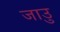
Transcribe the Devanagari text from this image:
जाउु